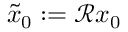
\tilde { x } _ { 0 } : = \mathcal { R } x _ { 0 }